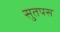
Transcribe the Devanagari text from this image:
सुतपस